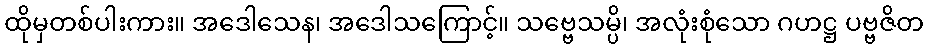
ထိုမှတစ်ပါးကား။ အဒေါသေန၊ အဒေါသကြောင့်။ သဗ္ဗေသမ္ပိ၊ အလုံးစုံသော ဂဟဋ္ဌ ပဗ္ဗဇိတ